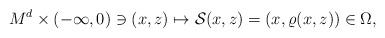
\begin{align*}M^d\times (-\infty, 0)\ni (x, z)\mapsto \mathcal{S}(x, z)=(x, \varrho(x, z))\in \Omega,\end{align*}